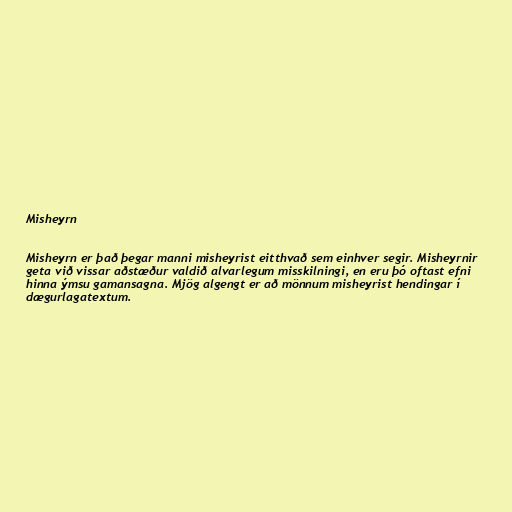
Misheyrn

Misheyrn er það þegar manni misheyrist eitthvað sem einhver segir. Misheyrnir
geta við vissar aðstæður valdið alvarlegum misskilningi, en eru þó oftast efni
hinna ýmsu gamansagna. Mjög algengt er að mönnum misheyrist hendingar í
dægurlagatextum.